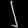
Digit: ၂